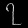
Digit: ၇